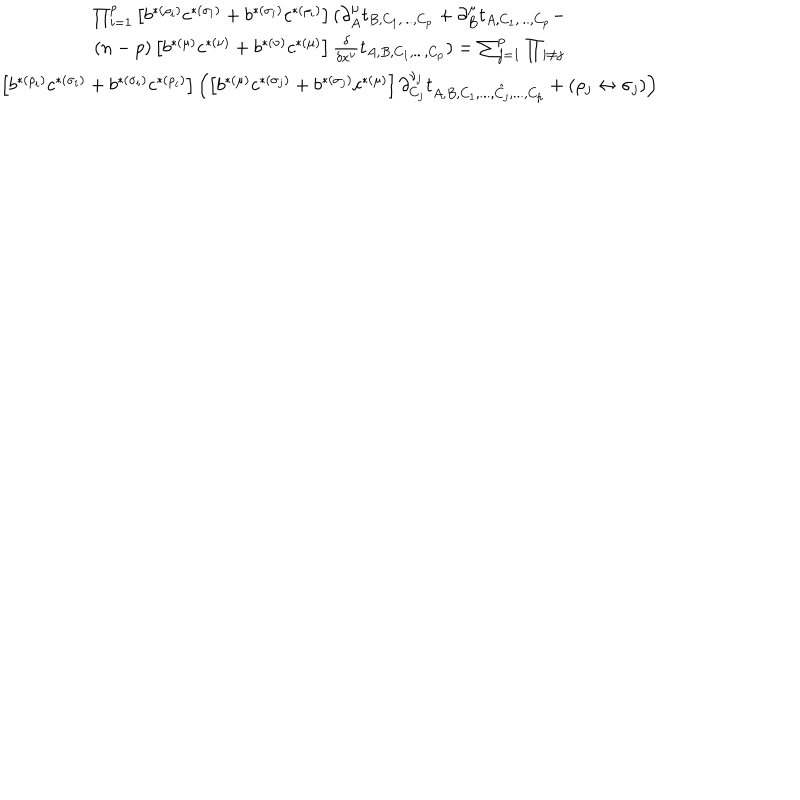
\begin{array} { c } { { \prod _ { i = 1 } ^ { p } \left[ b ^ { * ( \rho _ { i } ) } c ^ { * ( \sigma _ { i } ) } + b ^ { * ( \sigma _ { i } ) } c ^ { * ( \rho _ { i } ) } \right] ( \partial _ { A } ^ { \mu } t _ { B , C _ { 1 } , . . . , C _ { p } } + \partial _ { B } ^ { \mu } t _ { A , C _ { 1 } , . . . , C _ { p } } - \nonumber } } \\ { { ( n - p ) \left[ b ^ { * ( \mu ) } c ^ { * ( \nu ) } + b ^ { * ( \nu ) } c ^ { * ( \mu ) } \right] { \frac { \delta } { \delta x ^ { \nu } } } t _ { A , B , C _ { 1 } , . . . , C _ { p } } ) = \sum _ { j = 1 } ^ { p } \prod _ { i \not = j } \nonumber } } \\ { { \left[ b ^ { * ( \rho _ { i } ) } c ^ { * ( \sigma _ { i } ) } + b ^ { * ( \sigma _ { i } ) } c ^ { * ( \rho _ { i } ) } \right] \left( \left[ b ^ { * ( \mu ) } c ^ { * ( \sigma _ { j } ) } + b ^ { * ( \sigma _ { j } ) } c ^ { * ( \mu ) } \right] \partial _ { C _ { j } } ^ { \nu _ { j } } t _ { A , B , C _ { 1 } , . . . , \hat { C _ { j } } , . . . , C _ { p } } + ( \rho _ { j } \leftrightarrow \sigma _ { j } ) \right) } } \\ \end{array}